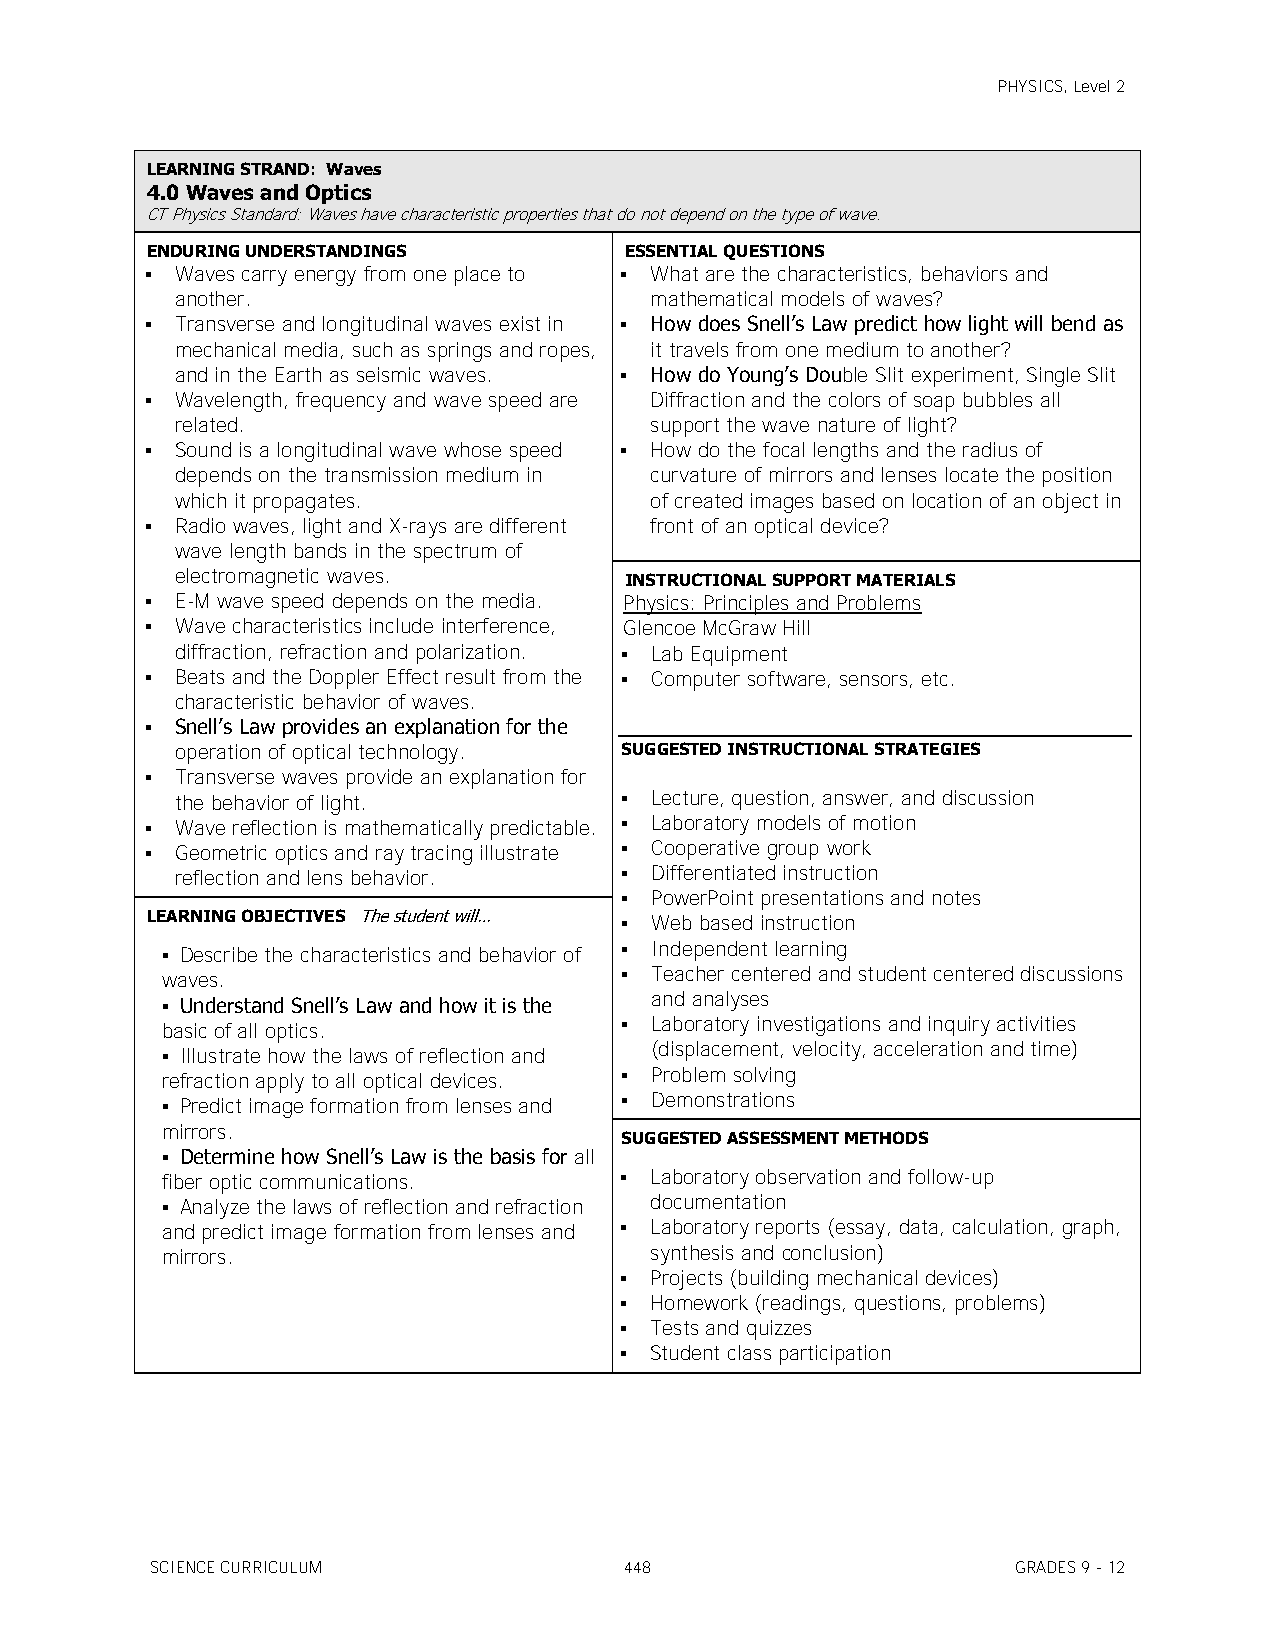
PHYSICS, Level 2
 LEARNING STRAND: Waves
 4.0 Waves and Optics
 CT Physics Standard: Waves have characteristic properties that do not depend on the type of wave.
 ENDURING UNDERSTANDINGS        ESSENTIAL QUESTIONS
  Waves carry energy from one place to  What are the characteristics, behaviors and
 another.                       mathematical models of waves?
  Transverse and longitudinal waves exist in  How does Snell’s Law predict how light will bend as
 mechanical media, such as springs and ropes, it travels from one medium to another?
 and in the Earth as seismic waves.  How do Young’s Double Slit experiment, Single Slit
  Wavelength, frequency and wave speed are Diffraction and the colors of soap bubbles all
 related.                       support the wave nature of light?
  Sound is a longitudinal wave whose speed  How do the focal lengths and the radius of
 depends on the transmission medium in curvature of mirrors and lenses locate the position
 which it propagates.           of created images based on location of an object in
  Radio waves, light and X-rays are different front of an optical device?
 wave length bands in the spectrum of
 electromagnetic waves.       INSTRUCTIONAL SUPPORT MATERIALS
  E-M wave speed depends on the media. Physics: Principles and Problems
  Wave characteristics include interference, Glencoe McGraw Hill
 diffraction, refraction and polarization.  Lab Equipment
  Beats and the Doppler Effect result from the  Computer software, sensors, etc.
 characteristic behavior of waves.
  Snell’s Law provides an explanation for the
 operation of optical technology. SUGGESTED INSTRUCTIONAL STRATEGIES
  Transverse waves provide an explanation for
 the behavior of light.        Lecture, question, answer, and discussion
  Wave reflection is mathematically predictable.  Laboratory models of motion
  Geometric optics and ray tracing illustrate  Cooperative group work
 reflection and lens behavior.  Differentiated instruction
  PowerPoint presentations and notes
 LEARNING OBJECTIVES The student will…  Web based instruction
  Describe the characteristics and behavior of  Independent learning
 waves.                         Teacher centered and student centered discussions
 and analyses
  Understand Snell’s Law and how it is the
 basic of all optics.           Laboratory investigations and inquiry activities
 (displacement, velocity, acceleration and time)
  Illustrate how the laws of reflection and
 refraction apply to all optical devices.  Problem solving
  Predict image formation from lenses and  Demonstrations
 mirrors.
 SUGGESTED ASSESSMENT METHODS
  Determine how Snell’s Law is the basis for all
 fiber optic communications.    Laboratory observation and follow-up
  Analyze the laws of reflection and refraction documentation
 and predict image formation from lenses and  Laboratory reports (essay, data, calculation, graph,
 mirrors.                        synthesis and conclusion)
  Projects (building mechanical devices)
  Homework (readings, questions, problems)
  Tests and quizzes
  Student class participation
 SCIENCE CURRICULUM             448                       GRADES 9 - 12